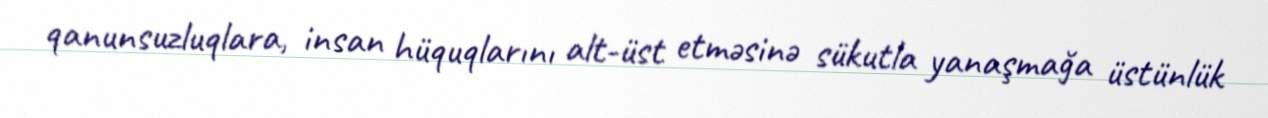
qanunsuzluqlara, insan hüquqlarını alt-üst etməsinə sükutla yanaşmağa üstünlük